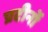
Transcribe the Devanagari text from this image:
प्रटीनों